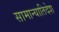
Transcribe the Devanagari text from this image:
सामान्यातिदेश